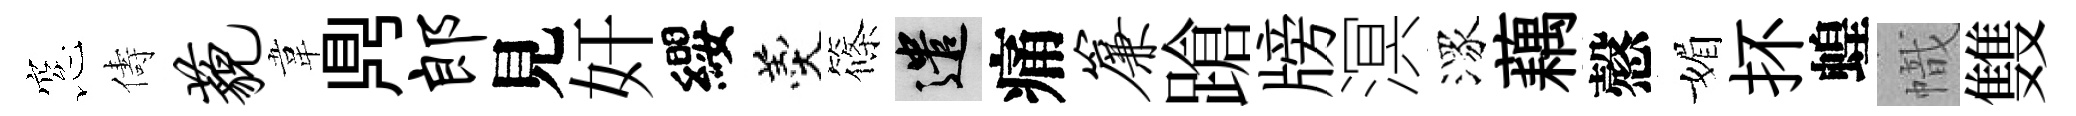
窓儔藐韋𪔂郎見奸纓羹篠遣痛帘蹌牓溟潈藕慤媚抔蝗幟䨇